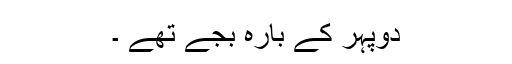
دوپہر کے بارہ بجے تھے ۔